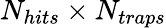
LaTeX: N_{hits}\times N_{traps}